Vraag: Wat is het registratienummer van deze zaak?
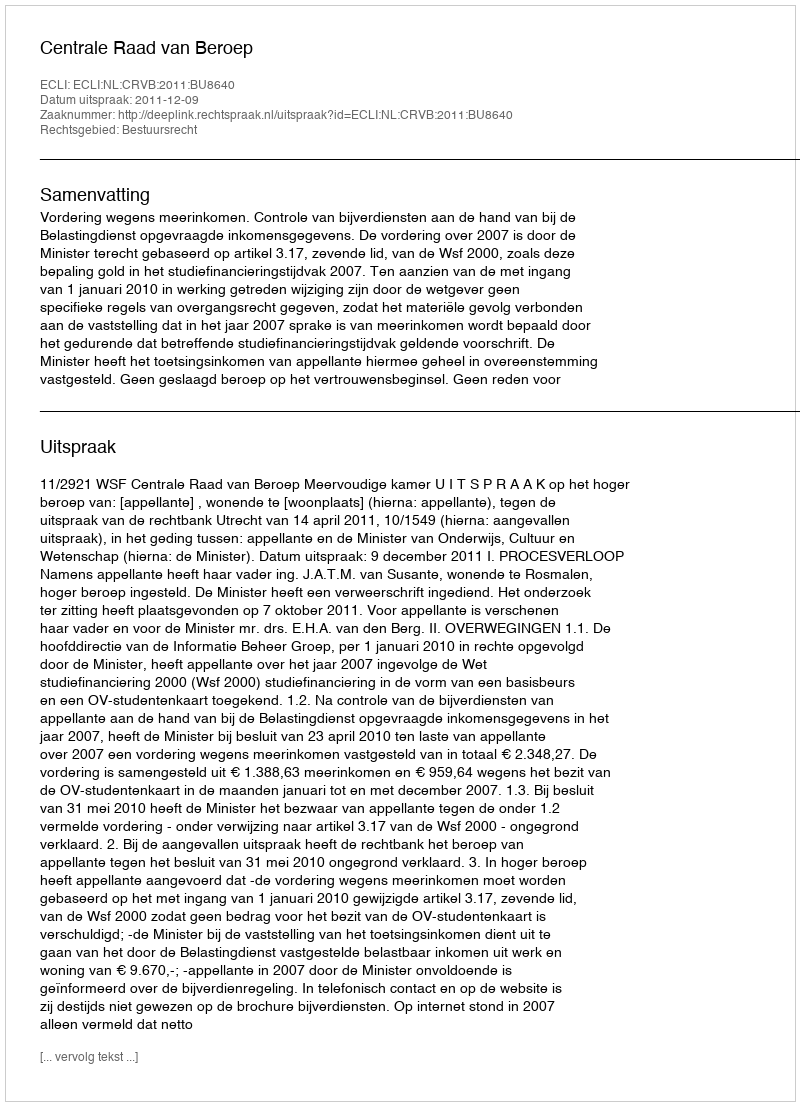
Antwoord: http://deeplink.rechtspraak.nl/uitspraak?id=ECLI:NL:CRVB:2011:BU8640